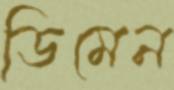
ডিমেন